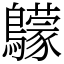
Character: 䴌